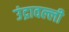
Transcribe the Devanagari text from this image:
उंद्रावल्ली